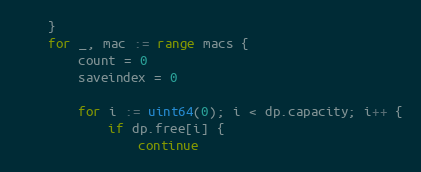
Language: Go
	}
	for _, mac := range macs {
		count = 0
		saveindex = 0

		for i := uint64(0); i < dp.capacity; i++ {
			if dp.free[i] {
				continue